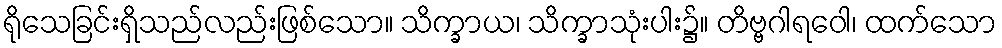
ရိုသေခြင်းရှိသည်လည်းဖြစ်သော။ သိက္ခာယ၊ သိက္ခာသုံးပါး၌။ တိဗ္ဗဂါရဝေါ၊ ထက်သော